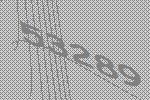
53289